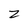
Character: z